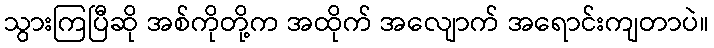
သွားကြပြီဆို အစ်ကိုတို့က အထိုက် အလျောက် အရောင်းကျတာပဲ။